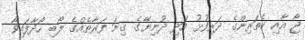
ޖޯ އާއި ކެތަރިންގެ ދަރިފުޅު އަދި ދުނިޔޭގެ ގިނަ ފަރާތެއްގެ ލޯބި ހޯދާފައިވާ